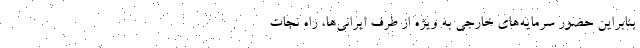
بنابراین حضور سرمایه‌های خارجی به ویژه از طرف ایرانی‌ها، راه نجات